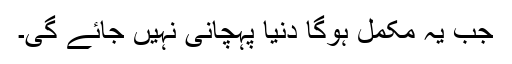
جب یہ مکمل ہوگا دنیا پہچانی نہیں جائے گی۔